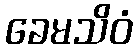
ခေမသိဝံ